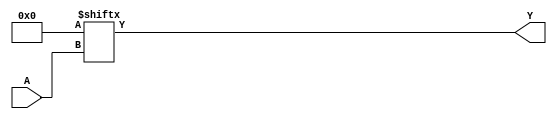
`timescale 1ns/1ps
`celldefine
//
// LUT3 simulation model
// 3-input lookup table (LUT)
//
// Copyright (c) 2023 Rapid Silicon, Inc.  All rights reserved.
//

module LUT3 #(
  parameter [7:0] INIT_VALUE = 8'h00 // 8-bit LUT logic value
) (
  input [2:0] A, // Data Input
  output Y // Data Output
);

  assign Y = INIT_VALUE[A] ;


endmodule
`endcelldefine